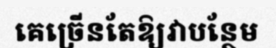
គេច្រើនតែឱ្យវាបន្ថែម